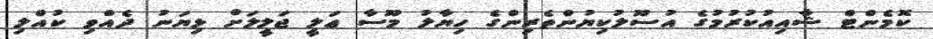
ކޮމެންޓް ޝާއިއުކުރުމުގެ އުސޫލުކިޔުންތެރިންގެ ހިޔާލު މޫސާ ޢަލީ ޖަލީލަށް ޅިޔަނު ދެއްވި ކުއްލި